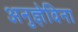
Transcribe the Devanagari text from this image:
अनुज्ञेविना